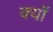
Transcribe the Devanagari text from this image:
क्यॉ